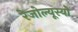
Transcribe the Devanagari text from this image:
रेजोल्यूस्यो